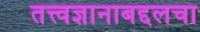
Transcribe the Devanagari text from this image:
तत्त्वज्ञानाबद्दलचा